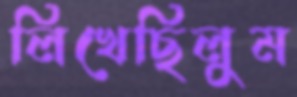
লিখেছিলুম